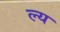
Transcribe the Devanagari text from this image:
ल्य